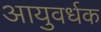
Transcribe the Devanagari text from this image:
आयुवर्धक